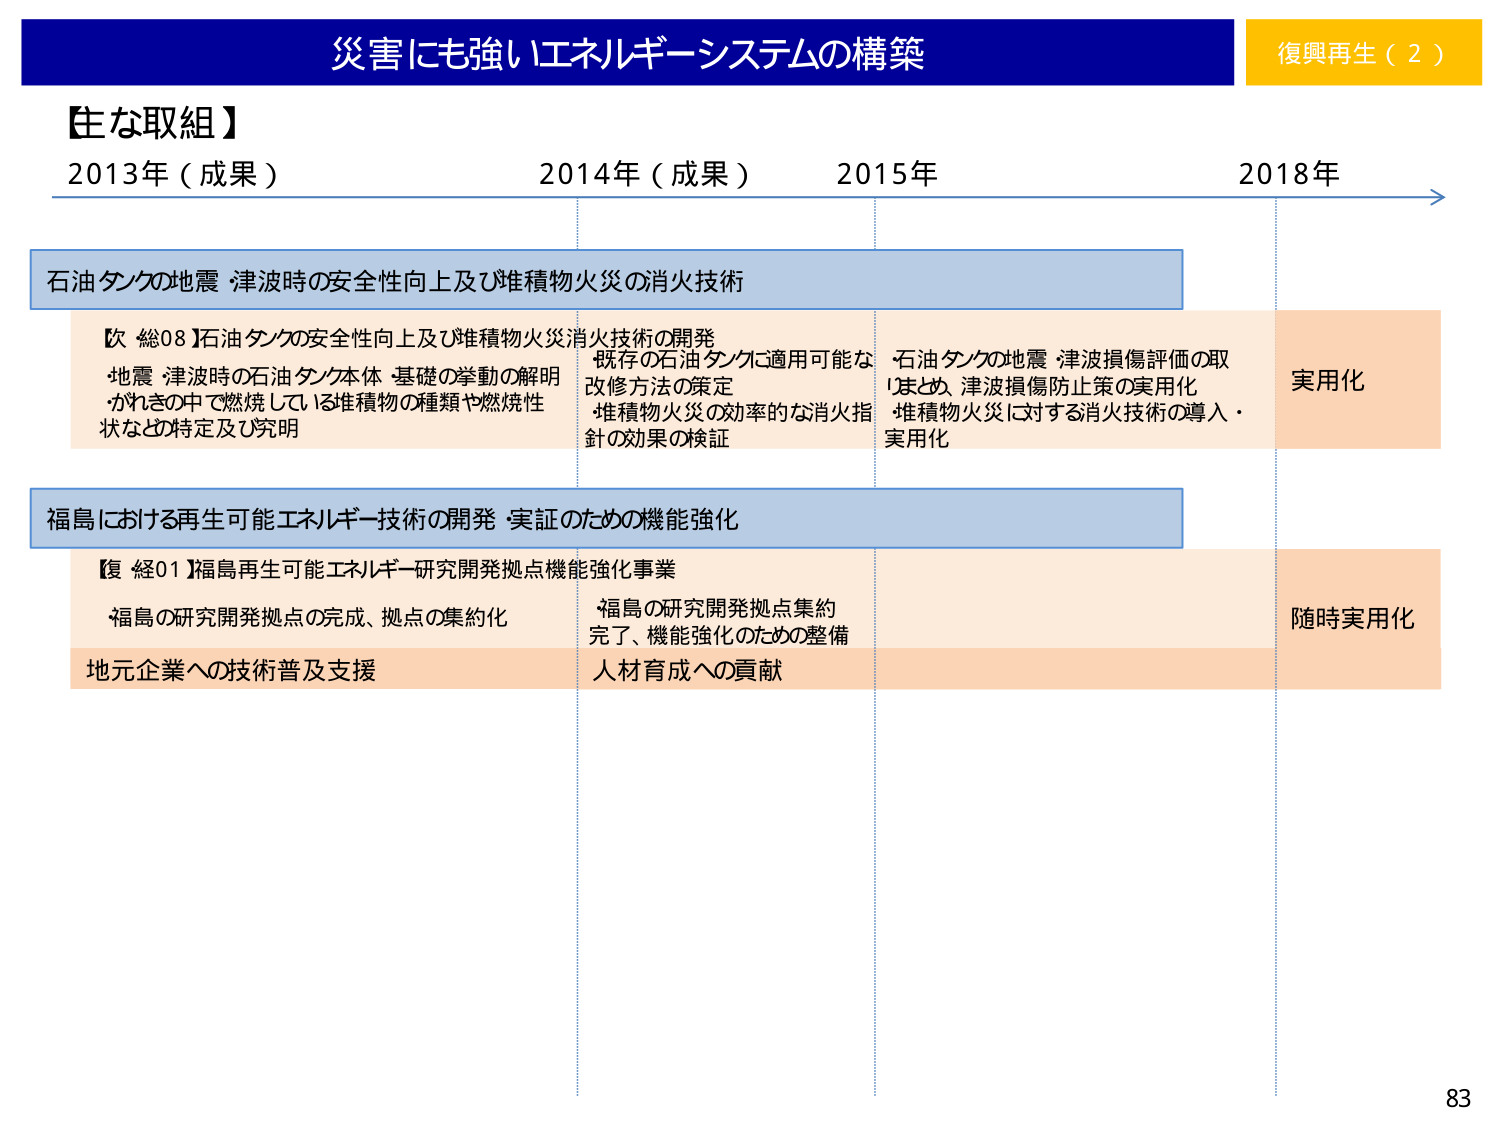
災害にも強いエネルギーシステムの構築
復興再生（2）

【主な取組】
2013年（成果）　2014年（成果）　2015年　2018年

石油タンクの地震・津波時の安全性向上及び堆積物火災の消火技術

【次 総08】石油タンクの安全性向上及び堆積物火災消火技術の開発
・地震・津波時の石油タンク本体・基礎の挙動の解明
・かれきの中で燃焼している堆積物の種類や燃焼性状などの特定及び究明

既存の石油タンクに適用可能な
改修方法の策定
堆積物火災の効率的な消火指針の効果の検証

石油タンクの地震・津波損傷評価の取
りまとめ、津波損傷防止策の実用化
・堆積物火災に対する消火技術の導入・実用化

実用化

福島における再生可能エネルギー技術の開発・実証のための機能強化

【復 経01】福島再生可能エネルギー研究開発拠点機能強化事業
・福島の研究開発拠点の完成、拠点の集約化
福島の研究開発拠点集約
完了、機能強化のための整備

地元企業への技術普及支援
人材育成への貢献

随時実用化

83